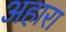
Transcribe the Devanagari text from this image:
अहारा